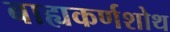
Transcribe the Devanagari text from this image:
बाह्यकर्णशोथ